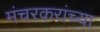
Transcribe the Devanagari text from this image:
मंचरकरांच्या